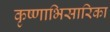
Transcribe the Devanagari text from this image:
कृष्णाभिसारिका